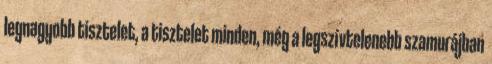
legnagyobb tisztelet, a tisztelet minden, még a legszívtelenebb szamurájban